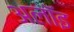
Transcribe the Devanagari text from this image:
अलॉइ